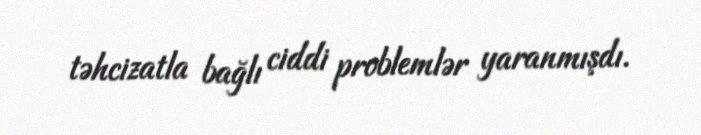
təhcizatla bağlı ciddi problemlər yaranmışdı.